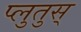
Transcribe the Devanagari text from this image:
प्लुतुस्